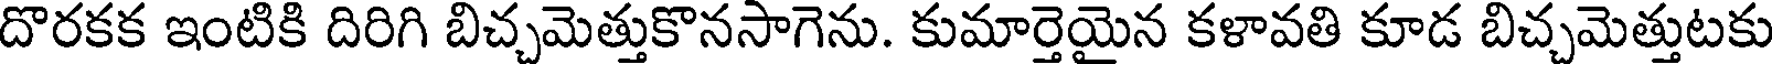
దొరకక ఇంటికి దిరిగి బిచ్చమెత్తుకొనసాగెను. కుమార్తెయైన కళావతి కూడ బిచ్చమెత్తుటకు